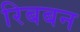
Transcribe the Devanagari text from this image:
रिबबन